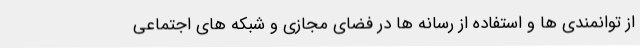
از توانمندی ها و استفاده از رسانه ها در فضای مجازی و شبکه های اجتماعی